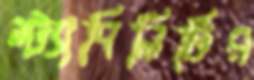
স্ট্যাবিলিটির